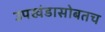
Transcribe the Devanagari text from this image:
उपखंडासोबतच